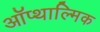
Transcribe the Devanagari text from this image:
ऑप्थाल्मिक